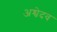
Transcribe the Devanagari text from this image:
अश्वेदव